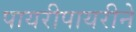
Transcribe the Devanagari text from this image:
पायरीपायरीने